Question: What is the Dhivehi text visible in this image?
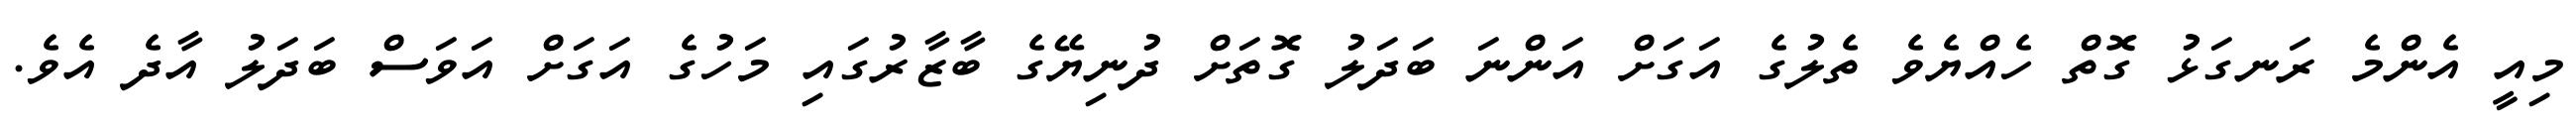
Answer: މިއީ އެންމެ ރަނގަޅު ގޮތް ހެއްޔެވެ ތެލުގެ އަގަށް އަންނަ ބަދަލު ގޮތަށް ދުނިޔޭގެ ބާޒާރުގައި މަހުގެ އަގަށް އަވަސް ބަދަލު އާދެ އެވެ.